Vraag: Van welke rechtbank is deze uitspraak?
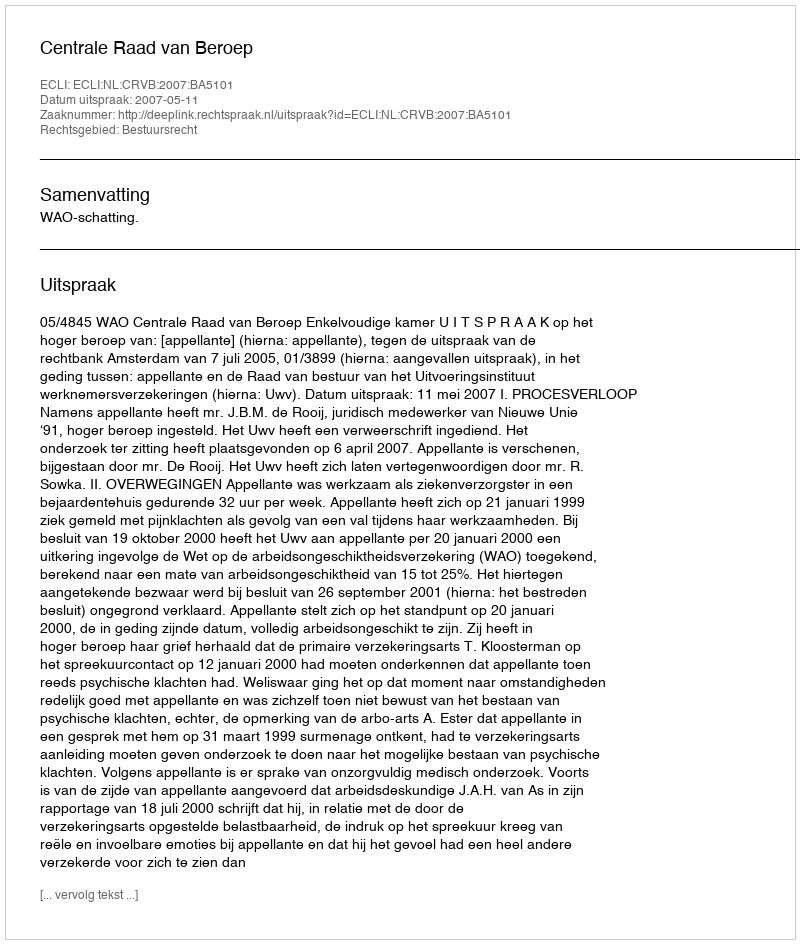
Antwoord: Centrale Raad van Beroep